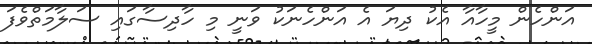
އަންހެން މީހާއާ އެކު ދިޔަ އެ އަންހެނަކު ވަނީ މި ހާދިސާގައި ސަލާމަތްވެފަ